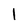
Character: 1